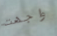
واجهت